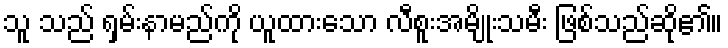
သူ သည် ရှမ်းနာမည်ကို ယူထားသော လီစူးအမျိုးသမီး ဖြစ်သည်ဆို၏။